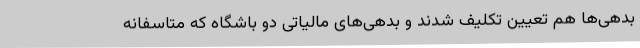
بدهی‌ها هم تعیین تکلیف شدند و بدهی‌های مالیاتی دو باشگاه که متاسفانه